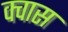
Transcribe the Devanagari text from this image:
क्वास